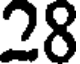
28